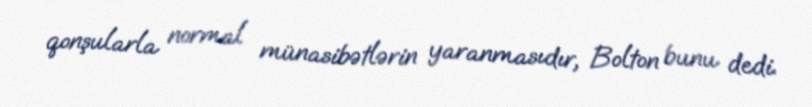
qonşularla normal münasibətlərin yaranmasıdır, Bolton bunu dedi.